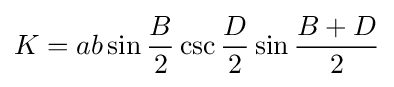
K=ab\sin {\frac {B}{2}}\csc {\frac {D}{2}}\sin {\frac {B+D}{2}}